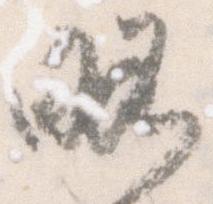
略